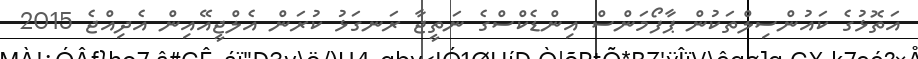
އަތޮޅުގެ ކައުންސިލްތަކުން ޕާފޯމަންސް އިންޑެކްސްގެ ނަތީޖާ ރަނގަޅު ކުރަން އެލްޖީއޭއިން އެދިއްޖެ 2015